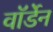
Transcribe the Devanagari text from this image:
वाॅर्डेन